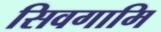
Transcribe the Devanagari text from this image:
सिवगामि